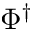
\Phi ^ { \dagger }